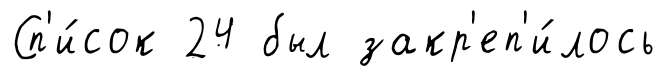
Сп'и́сок 24 был закр'еп'и́лось